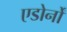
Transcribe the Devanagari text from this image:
एडोर्नों